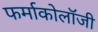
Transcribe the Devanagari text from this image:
फर्माकोलॉजी